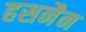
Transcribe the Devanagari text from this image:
हसनैन